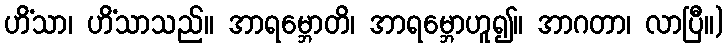
ဟိံသာ၊ ဟိံသာသည်။ အာရမ္ဘောတိ၊ အာရမ္ဘောဟူ၍။ အာဂတာ၊ လာပြီ။)